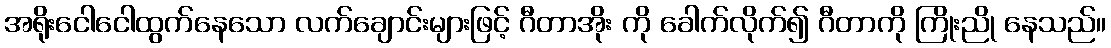
အရိုးငေါငေါထွက်နေသော လက်ချောင်းများဖြင့် ဂီတာအိုး ကို ခေါက်လိုက်၍ ဂီတာကို ကြိုးညို နေသည်။